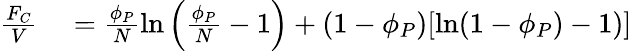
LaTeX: \begin{array}{rl}{\frac{F_{C}}{V}}&{{}=\frac{\phi_{P}}{N}\mathrm{ln}\left(\frac{\phi_{P}}{N}-1\right)+(1-\phi_{P})[\mathrm{ln}(1-\phi_{P})-1)]}\end{array}